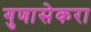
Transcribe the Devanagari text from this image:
गुणासेकरा